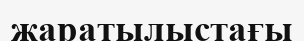
жаратылыстағы